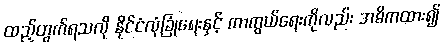
ထည့်တွက်ရသလို နိုင်ငံလုံခြုံရေးနှင့် ကာကွယ်ရေးကိုလည်း အဓိကထား၍